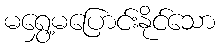
မရွှေ့မပြောင်းနိုင်သော